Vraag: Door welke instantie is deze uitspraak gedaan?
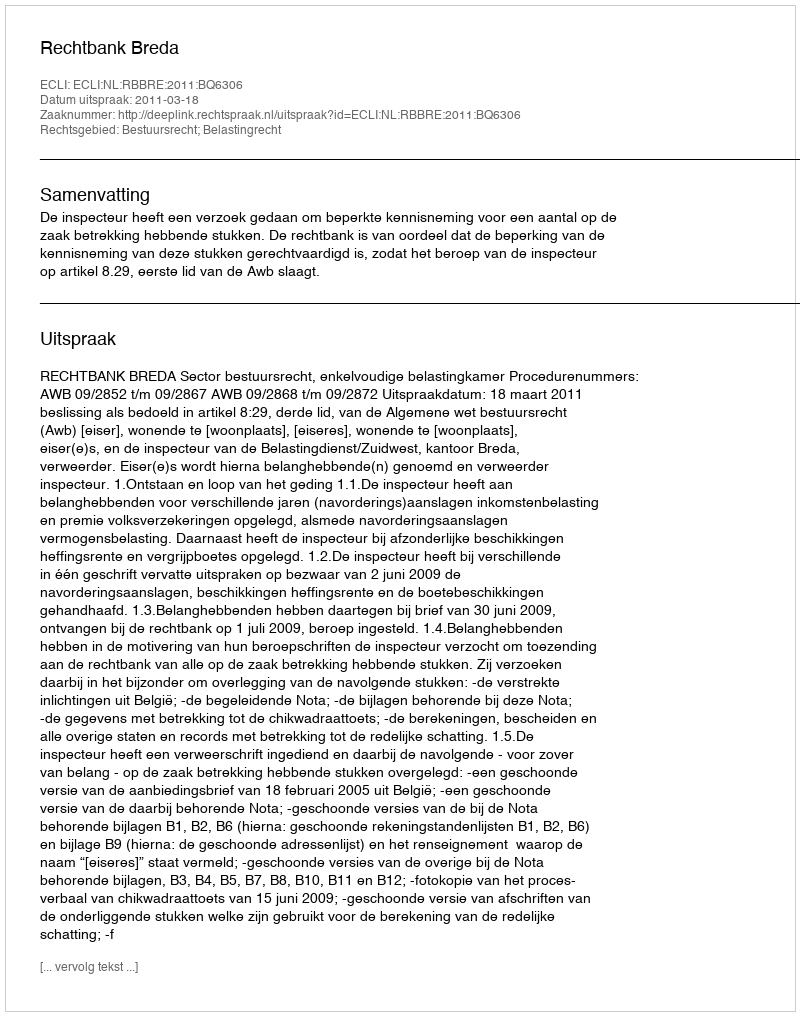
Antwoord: Rechtbank Breda